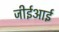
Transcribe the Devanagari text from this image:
जीईआई